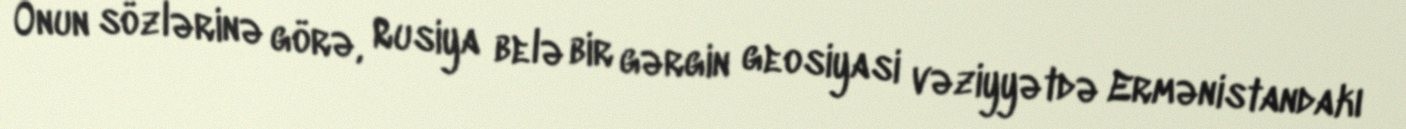
Onun sözlərinə görə, Rusiya belə bir gərgin geosiyasi vəziyyətdə Ermənistandakı